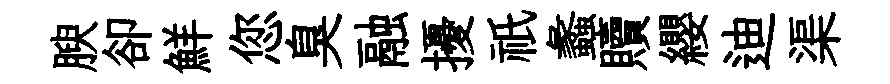
腴卻鮮您臭融擾祇蠡贖纓迪渠